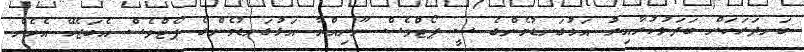
ބަނދަރަކަށް ބަދަލުކުރާއިރު އަޅުގަނޑުމެންގެ ސީ ޕޯޓްވެސް ނޫނިއްޔާ އަޅުގަނޑުމެންގެ ޕޯޓްވެސް އެބަޖެހޭ އެހެން